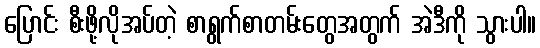
ပြောင်း စီးဖို့လိုအပ်တဲ့ စာရွက်စာတမ်းတွေအတွက် အဲဒီကို သွားပါ။